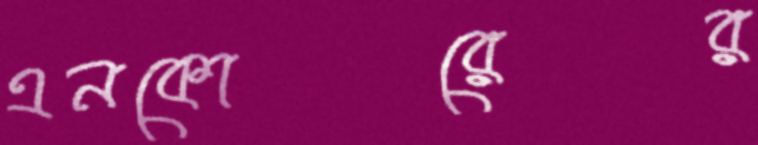
এনকোরের